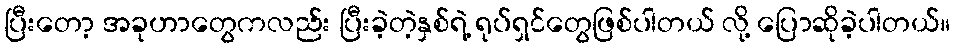
ပြီးတော့ အခုဟာတွေကလည်း ပြီးခဲ့တဲ့နှစ်ရဲ့ ရုပ်ရှင်တွေဖြစ်ပါတယ် လို့ ပြောဆိုခဲ့ပါတယ်။